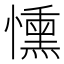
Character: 𢣤